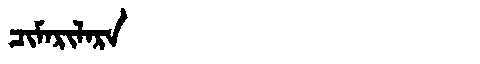
Manchu: ᠴᡳᠮᠠᡵᡳᠯᠠᡵᠠ
Romanization: CIMARILARA